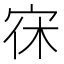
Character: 𭓭